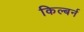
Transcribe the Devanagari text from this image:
किल्बर्न